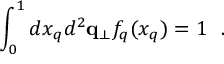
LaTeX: \int _ { 0 } ^ { 1 } d x _ { q } d ^ { 2 } { \bf q } _ { \perp } f _ { q } ( x _ { q } ) = 1 ~ ~ .